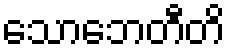
သောဘေတီတိ